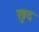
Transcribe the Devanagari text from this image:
ख्रुद